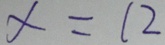
x = 1 2